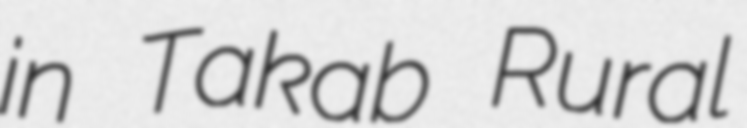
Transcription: in Takab Rural